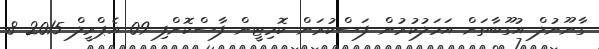
ގާނޫނުލް އުގޫބާތަށް އަމަލުކުރުން ފަސްކުރަން ކޮމިޓީން ފާސްކޮށްފި 09 އެޕްރީލް 2015 8